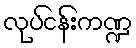
လုပ်ငန်းကဏ္ဍ